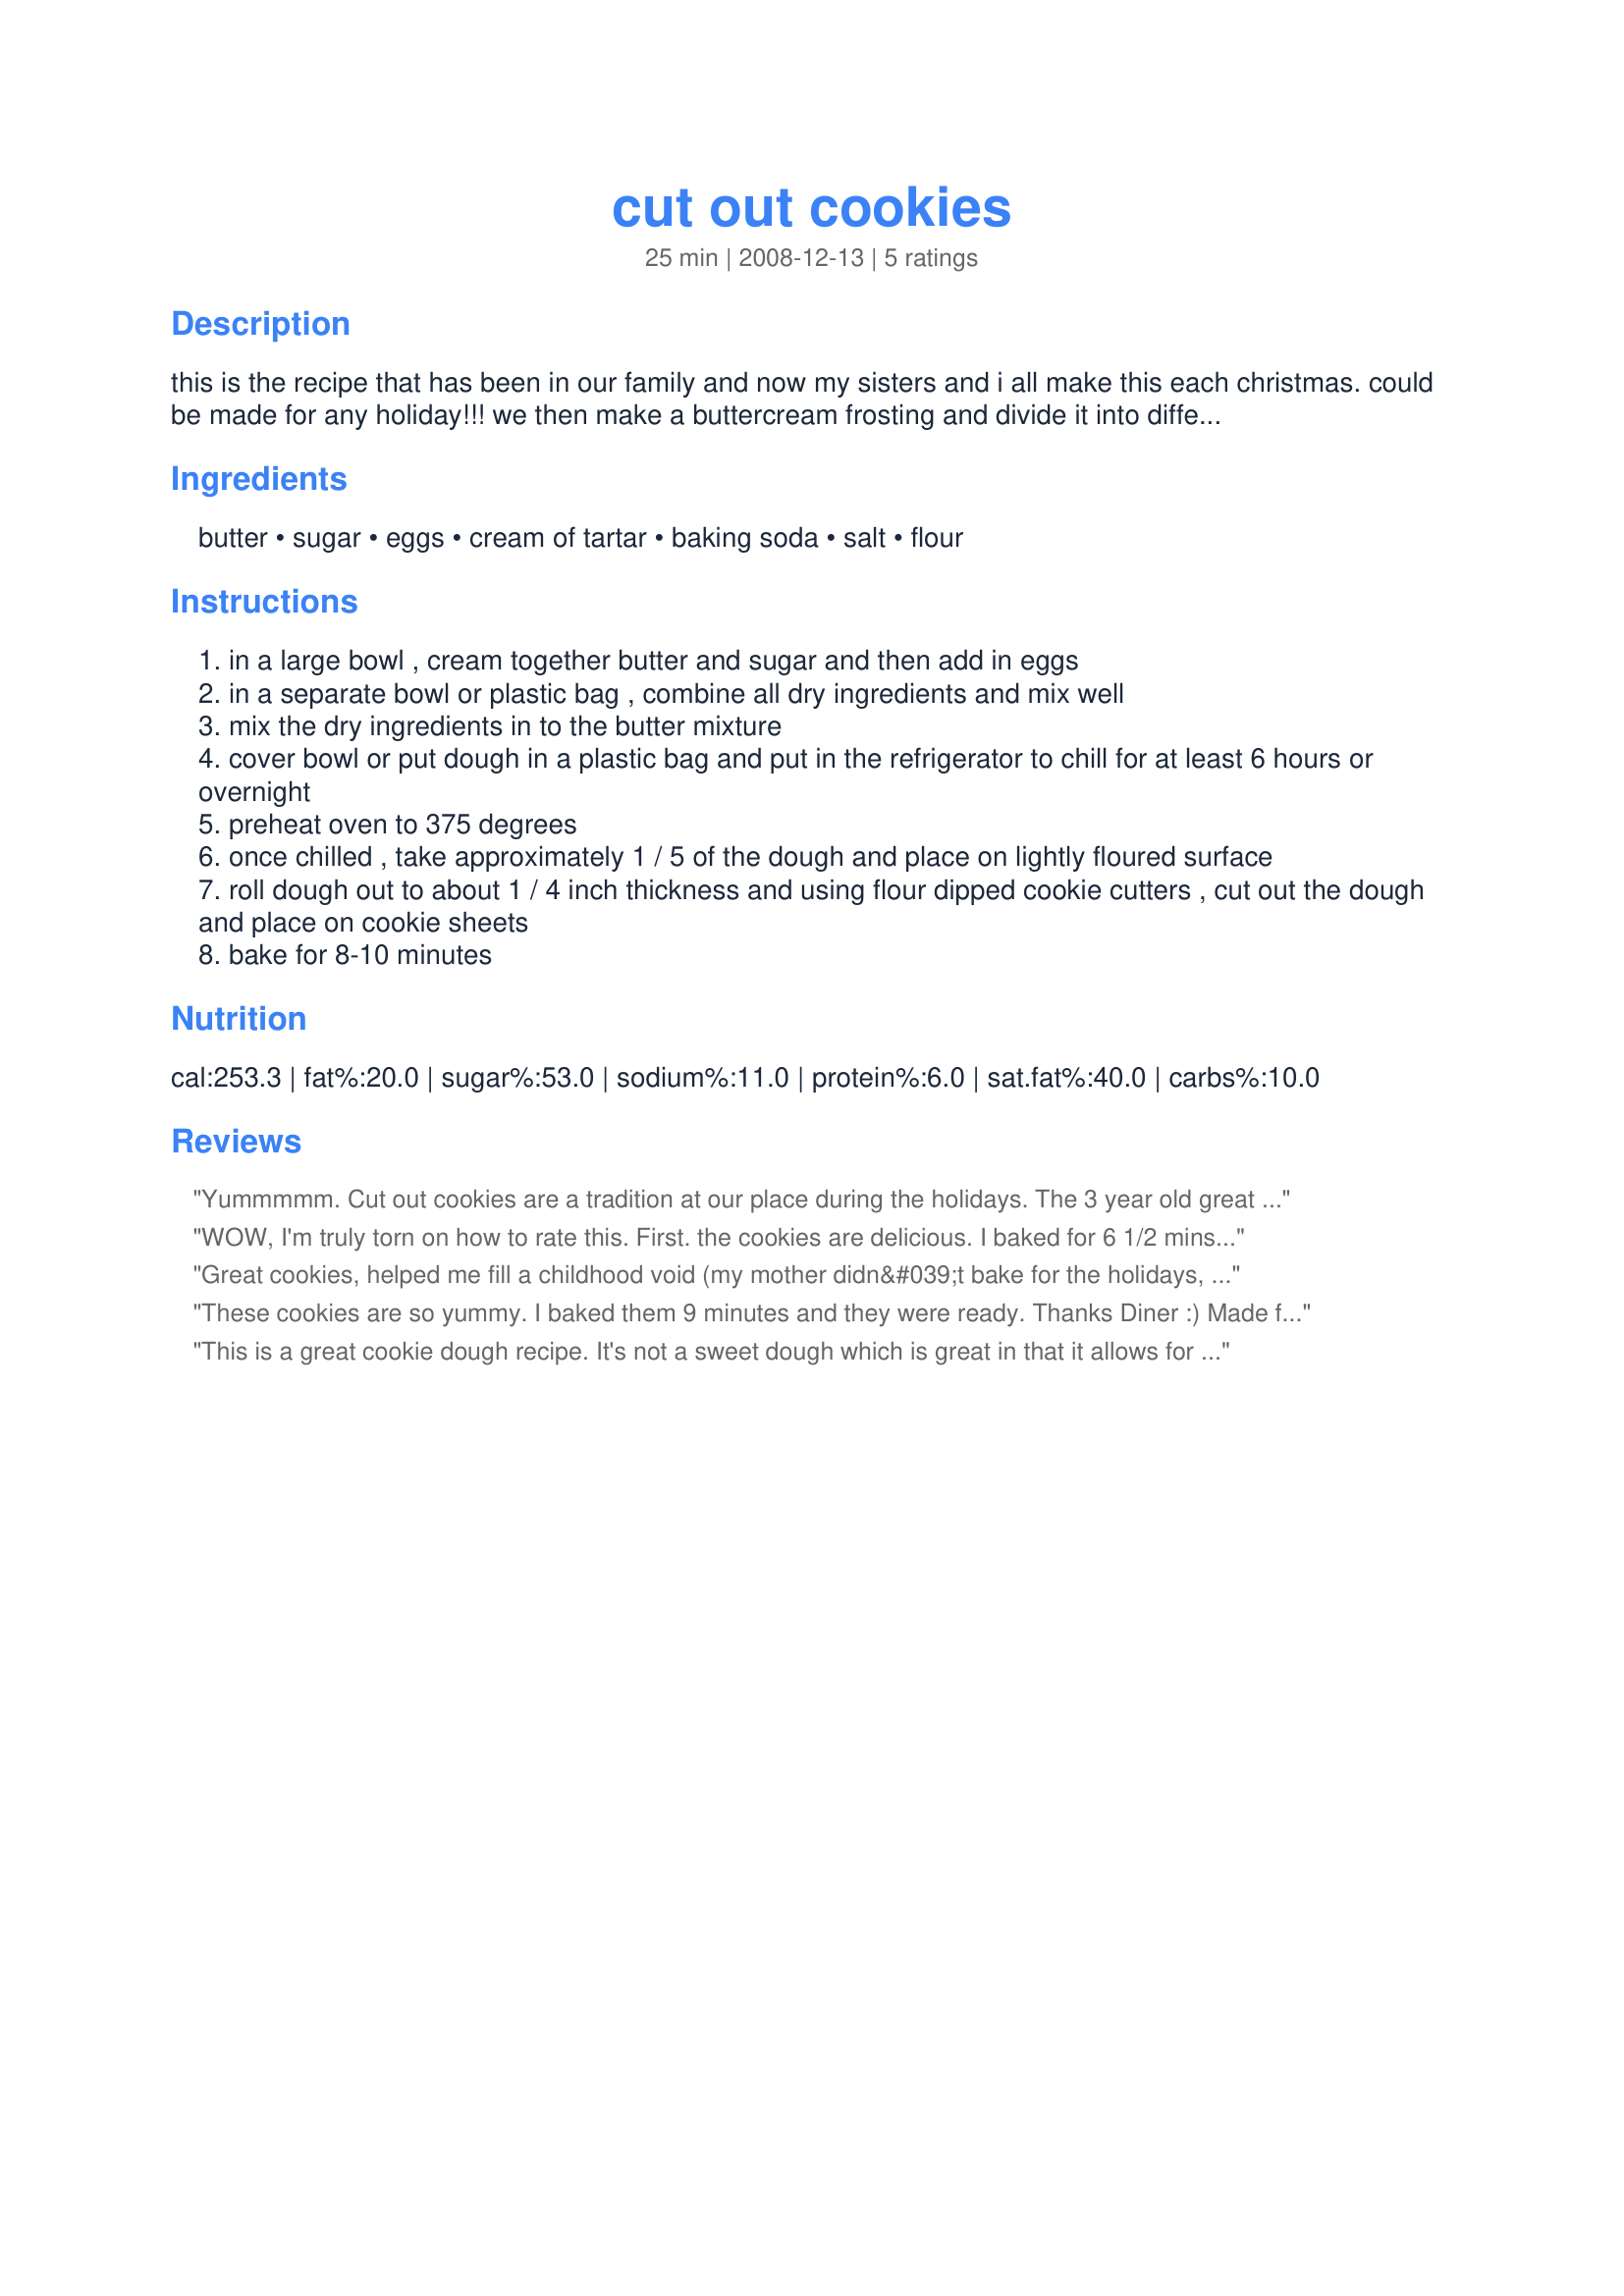
cut out cookies
Preparation time: 25 minutes

this is the recipe that has been in our family and now my sisters and i all make this each christmas. could be made for any holiday!!! we then make a buttercream frosting and divide it into different bowls and add different colored food coloring drops to them. my mother always made the dough and cut out the cookies and baked them. the kids all got to frost and decorate them together. hope you and your family enjoy them. note: time doesn't include chill time required to make dough workable.

Ingredients:
butter, sugar, eggs, cream of tartar, baking soda, salt, flour

Steps:
in a large bowl , cream together butter and sugar and then add in eggs
in a separate bowl or plastic bag , combine all dry ingredients and mix well
mix the dry ingredients in to the butter mixture
cover bowl or put dough in a plastic bag and put in the refrigerator to chill for at least 6 hours or overnight
preheat oven to 375 degrees
once chilled , take approximately 1 / 5 of the dough and place on lightly floured surface
roll dough out to about 1 / 4 inch thickness and using flour dipped cookie cutters , cut out the dough and place on cookie sheets
bake for 8-10 minutes

Reviews:
Yummmmm. Cut out cookies are a tradition at our place during the holidays. The 3 year old great grandaughter says "these are the best cookies she's ever made". We've added it to our must have for the holidays.
WOW, I'm truly torn on how to rate this. First. the cookies are delicious. I baked for 6 1/2 mins, at which time they were a perfect soft golden color around the edges. They are soft centered and very "toothsome" and keep calling you back for another. I'm more than satisfied with the end result however I did have problems with the dough being to soft. I kept the dough in the fridge for 24 hrs, set up the work place and had everything ready before removing it from the fridge. I cut a piece of dough from the chilled ball and roller it at once using a marble rolling pin on a smooth ceramic tile surface. It rolled beautifully but it was still to soft for the cut outs to be lifted from the tile. They tore and couldn't hold the heart shape that I had cut them into. I ended up hand rolling pieces onto balls and rolling them in sugar. I flattened the sugared balls once on the baking sheet. I did add a pinch of vanillin but I can't imagine that that would cause the problem. I would make these again because they are so good but I will just plan to make them as round cookies.*EDIT*: I know why the dough didn't remain firm enough to work with, I used a non-hyrodgenated margarine instead of real butter! I'm upping the rating to 5 stars because they are totally worth it , just be sure to use BUTTER, lol.
Great cookies, helped me fill a childhood void (my mother didn&#039;t bake for the holidays, although she was very fond of pouring sherry on pound cake). These were subtly sweet instead of coma-inducing sweet, which I greatly appreciated. It took a while for me to get the hang of these; I learned that you need to work quickly so the dough doesn&#039;t warm up very much. Other than that, the recipe is very forgiving, thank goodness! Mine were done in 7 minutes. Made for Please Review My Recipe tag game.
These cookies are so yummy. I baked them 9 minutes and they were ready. Thanks Diner :) Made for PRMR tag game
This is a great cookie dough recipe. It's not a sweet dough which is great in that it allows for a liberal amount of frosting or sprinkles. The only change I made was to shape it into 4 disc shapes and wrap them tightly in plastic wrap before refridgerating (I froze two of them for later use). Great for any holiday, we will definitely make these again. Thanks for sharing the recipe. :)
